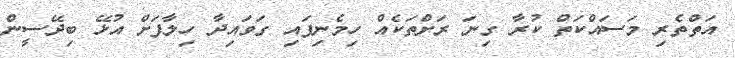
އަތްތެރި މަސައްކަތް ކުރާ ގިނަ ރަށްތަކެއް ހިމެނިފައި ގަވައިދާ ހިލާފަށް އުޅޭ ބިދޭސީން